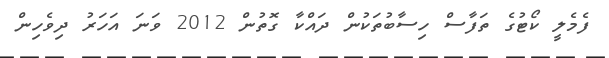
ފެމެލީ ކޯޓުގެ ތަފާސް ހިސާބުތަކުން ދައްކާ ގޮތުން 2012 ވަނަ އަހަރު ދިވެހިން